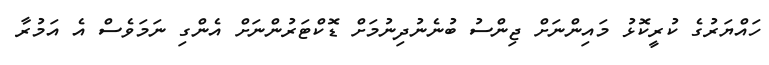
ހައްޔަރުގެ ކުރީކޮޅު މައިންނަށް ޖިންސު ބުނެނުދިނުމަށް ޑޮކްޓަރުންނަށް އެންގި ނަމަވެސް އެ އަމުރާ